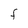
Character: F